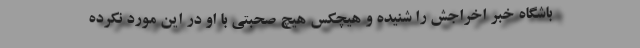
باشگاه خبر اخراجش را شنیده و هیچکس هیچ صحبتی با او در این مورد نکرده